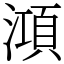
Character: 澒